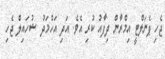
ޖެހި ޕެނަލްޓީ އިމްރާން ދިފާއު ކުރި އެވެ. އަދި އަހްމަދު ޝުހައިލް ޖެހި